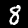
Digit: 8